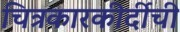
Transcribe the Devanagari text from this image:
चित्रकारकीर्दीची